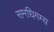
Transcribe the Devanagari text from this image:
समधिगम्य